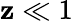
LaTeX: \mathbf{z}\ll1